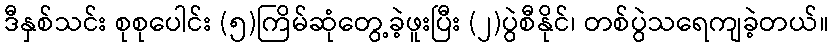
ဒီနှစ်သင်း စုစုပေါင်း (၅)ကြိမ်ဆုံတွေ့ခဲ့ဖူးပြီး (၂)ပွဲစီနိုင်၊ တစ်ပွဲသရေကျခဲ့တယ်။